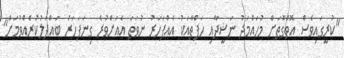
"ކުރީގައިވެސް އޮތްގޮތަށް މުހައްމަދު ނަޝީދާއި ހަފްތާއަކު އެއްފަހަރު ނުވަތަ އެއަށްވުރެ ގިނަފަހަރު ބައްދަލުކުރެއްވުމަށް"